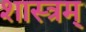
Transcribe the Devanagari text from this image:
शास्त्रम्